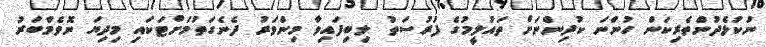
ނުކުޅެދުންތެރިކަން ހުންނަ ކުދިންނަށް ތައުލީމުގެ ފުރުސަތު ލިބިފައިވާ މިންވަރު ދެނެގަތުމަށްޓަކައި މިދިޔަ ނޮވެމްބަރު